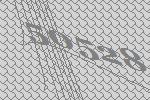
50528